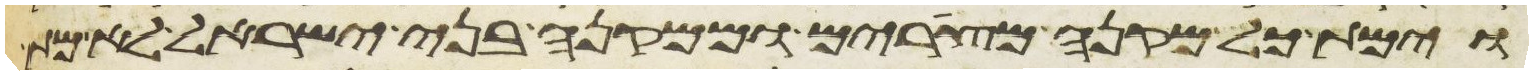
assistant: וימת כל מקנה מצרים וממקנה בני ישראל לא מת